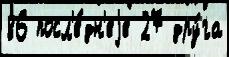
86 посл'е́дн'еjе 27 дру́га